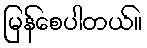
မြန်စေပါတယ်။